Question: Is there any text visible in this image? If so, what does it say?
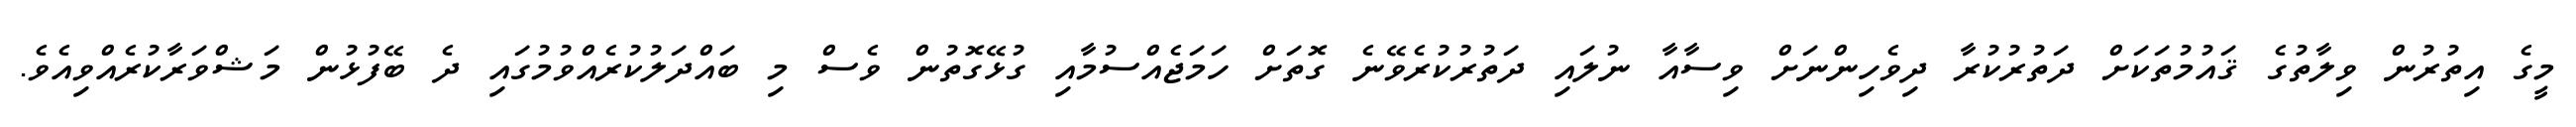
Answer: މީގެ އިތުރުން ވިލާތުގެ ޤައުމުތަކަށް ދަތުރުކުރާ ދިވެހިންނަށް ވިސާއާ ނުލައި ދަތުރުކުރެވޭނެ ގޮތަށް ހަމަޖެއްސުމާއި ގުޅޭގޮތުން ވެސް މި ބައްދަލުކުރެއްވުމުގައި ދެ ބޭފުޅުން މަޝްވަރާކުރެއްވިއެވެ.